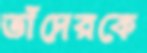
তাঁদেরকে